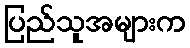
ပြည်သူအများက